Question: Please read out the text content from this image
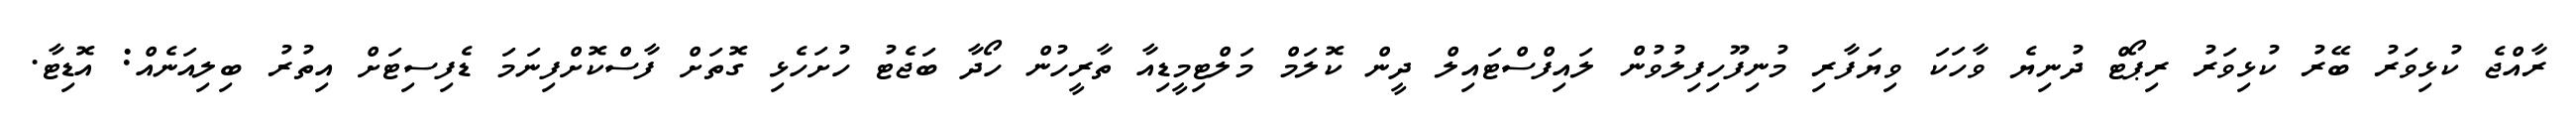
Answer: ރާއްޖެ ކުޅިވަރު ބޭރު ކުޅިވަރު ރިޕޯޓް ދުނިޔެ ވާހަކަ ވިޔަފާރި މުނިފޫހިފިލުވުން ލައިފްސްޓައިލް ދީން ކޮލަމް މަލްޓިމީޑިއާ ތާރީހުން ހޯދާ ބަޖެޓު ހުށަހެޅި ގޮތަށް ފާސްކޮށްފިނަމަ ޑެފިސިޓަށް އިތުރު ބިލިއަނެއް: އޮޑިޓާ.